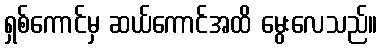
ရှစ်ကောင်မှ ဆယ်ကောင်အထိ မွေးလေသည်။